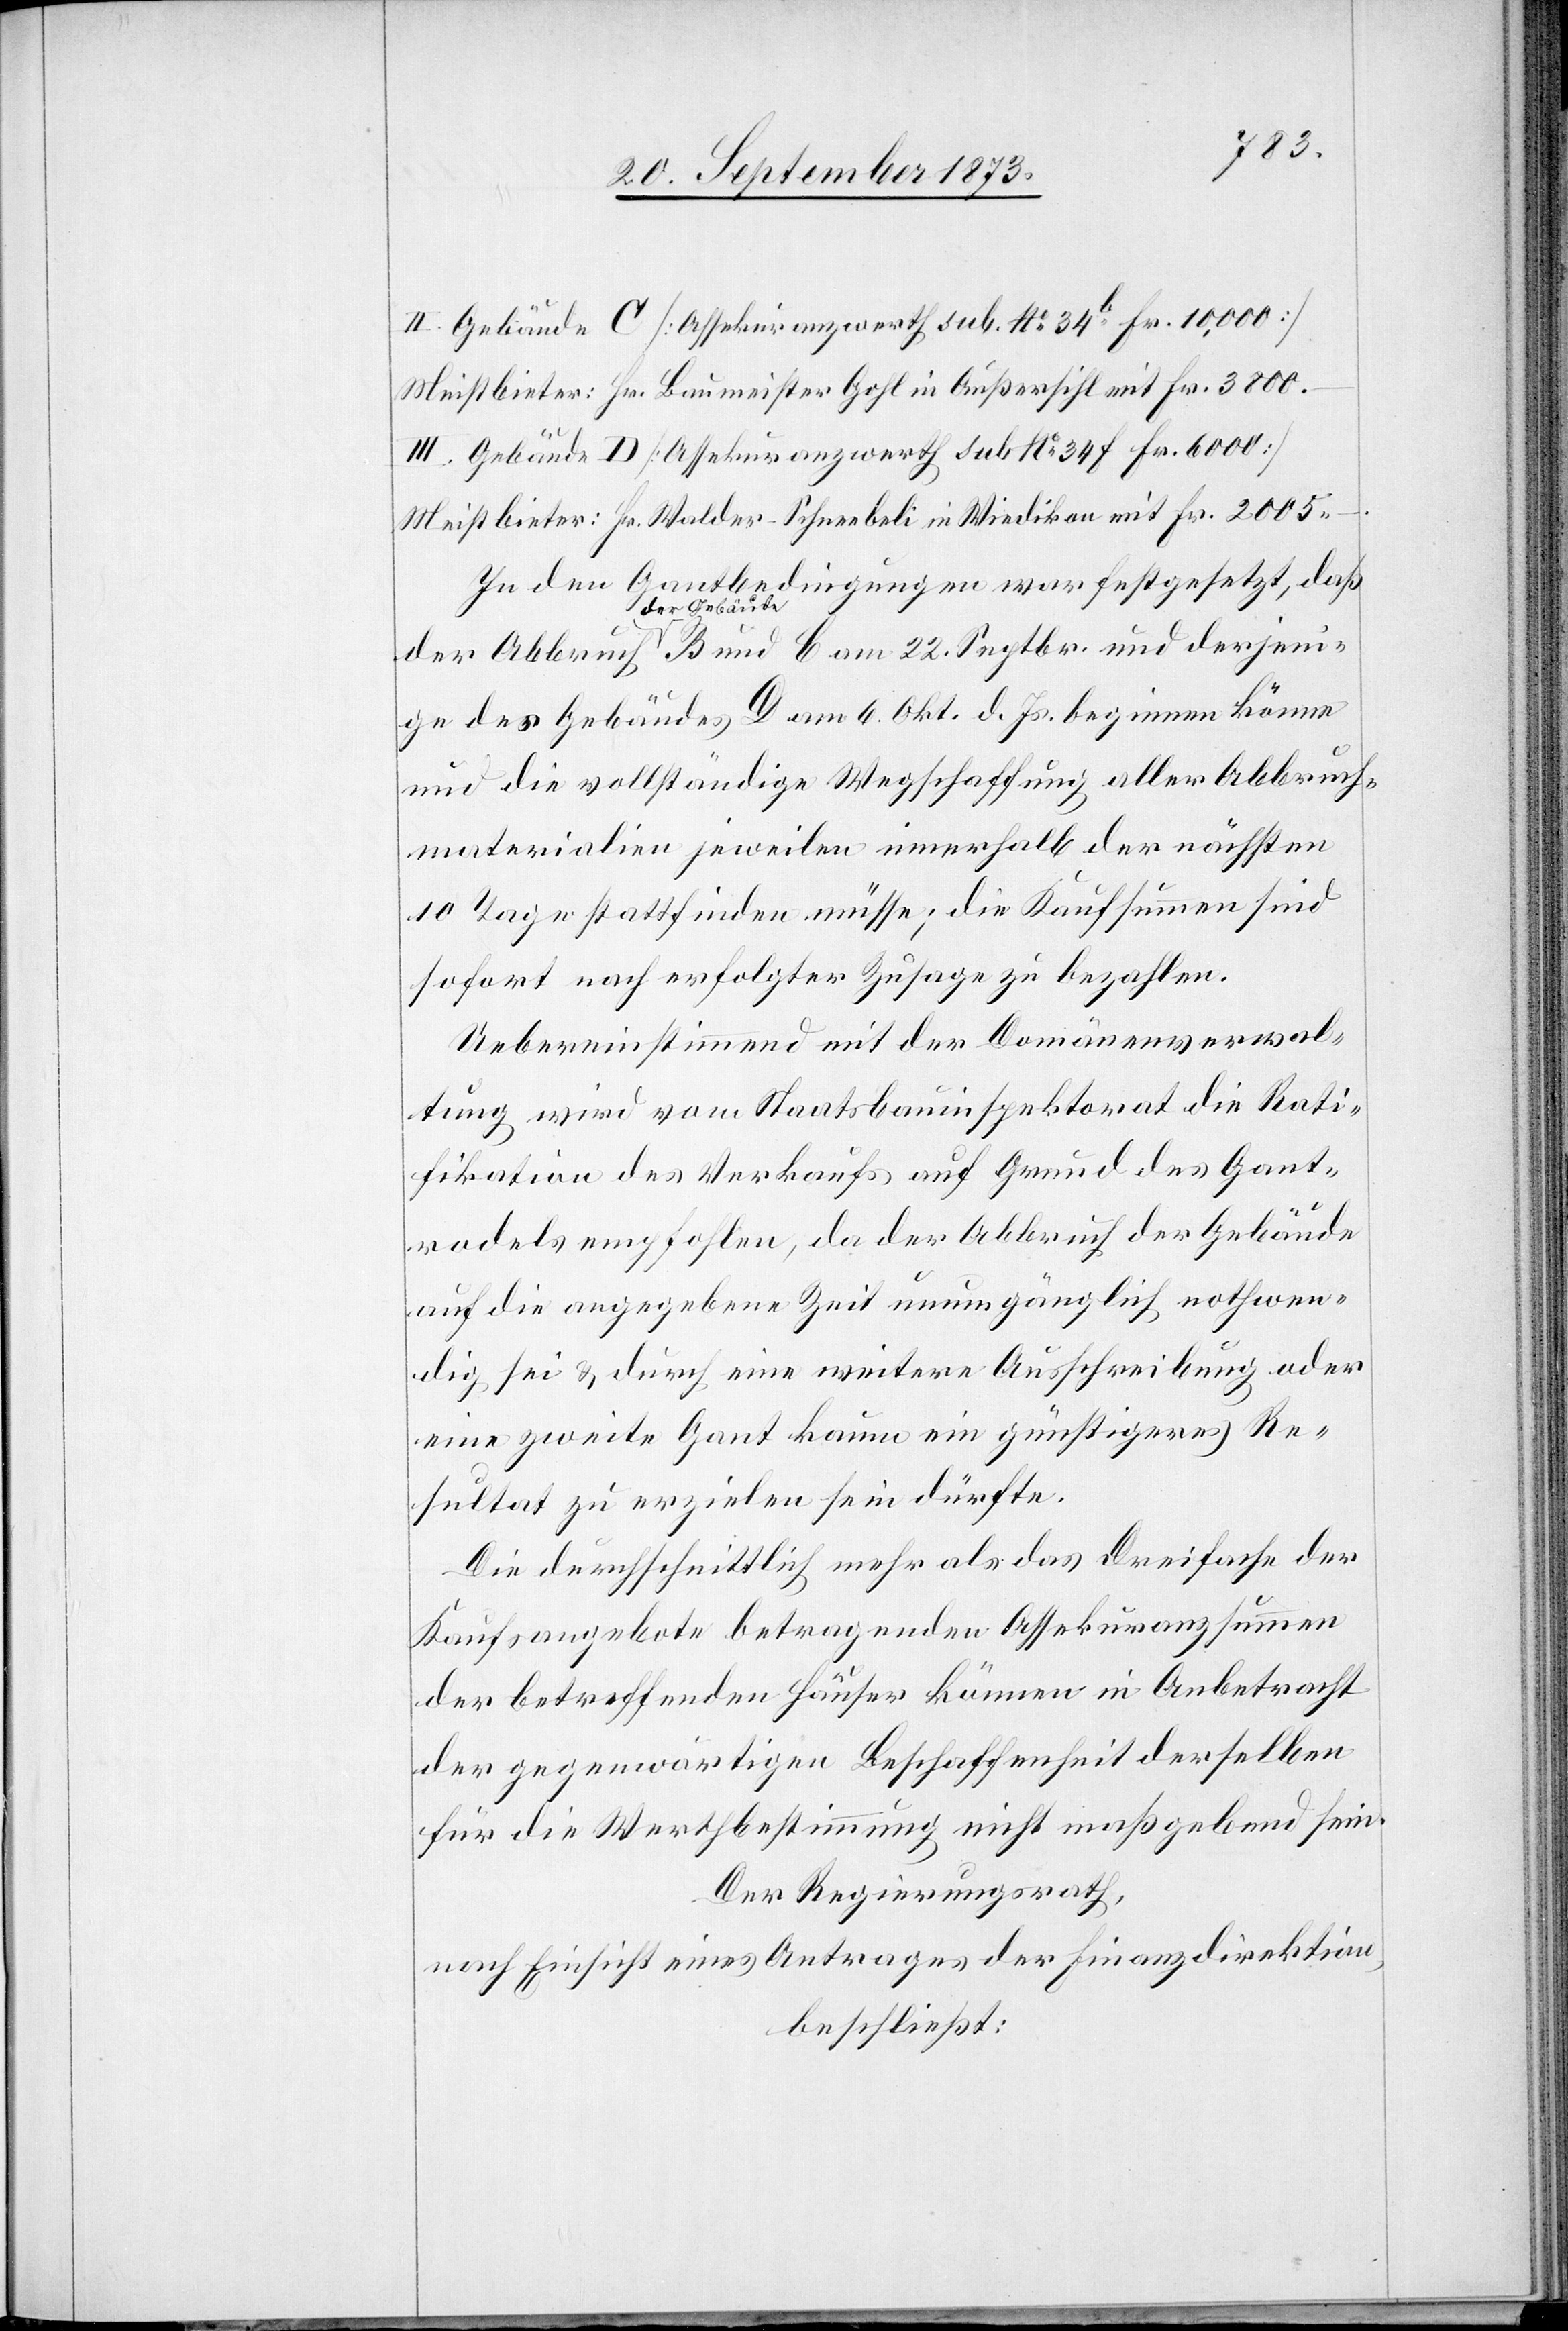
III: Gebäude D [Assekuranzwerth sub No 34f Fr. 6 000]
Meistbieter: Hr. Baumeister Gohl in Außersihl mit Fr. 3 800 –.
Meistbieter: Hr. Walder-Schneebeli in Wiedikon mit Fr. 2 005 –.
In den Gantbedingungen war festgesetzt, daß
der Abbruch
der Gebäude B und C am 22. Septbr. und derjeni¬
ge des Gebäudes D am 6. Okt. d. Js. beginnen könne
und die vollständige Wegschaffung aller Abbruch¬
materialien jeweilen innerhalb der nächsten
10 Tage stattfinden müsse; die Kaufsummen sind
sofort nach erfolgter Zusage zu bezahlen.
Uebereinstimmend mit der Domänenverwal¬
tung wird vom Staatsbauinspektorat die Rati¬
fikation des Verkaufs auf Grund des Gant¬
rodels empfohlen, da der Abbruch der Gebäude
auf die angegebene Zeit unumgänglich nothwen¬
dig sei & durch eine weitere Ausschreibung oder
eine zweite Gant kaum ein günstigeres Re¬
sultat zu erzielen sein dürfte.
Die durchschnittlich mehr als das Dreifache der
Kaufsangebote betragenden Assekuranzsummen
der betreffenden Häuser können in Anbetracht
der gegenwärtigen Beschaffenheit derselben
für die Werthbestimmung nicht maßgebend sein.
Der Regierungsrath,
nach Einsicht eines Antrages der Finanzdirektion,
beschließt: